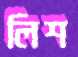
লিশ